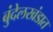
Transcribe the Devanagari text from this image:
बुंदेलखंडात